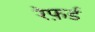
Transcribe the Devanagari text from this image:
रेफ़र्ड